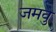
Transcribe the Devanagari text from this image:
जमवु